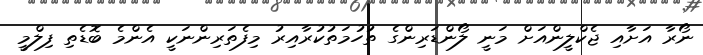
ނޯރާ އަށާއި ޖެކްލީންއަށް މަނީ ލޯންޑަރިންގެ ތުހުމަތުކުރާއިރު މިފެތަރިންނަކީ އެންމެ ބޮޑެތި ފިލްމީ